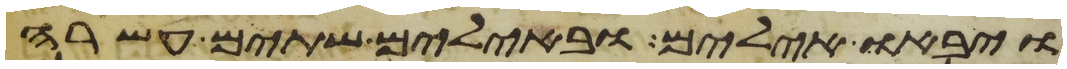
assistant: ויבאו אילים ובאילים שתים עשרה